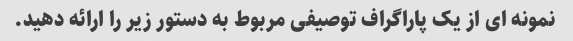
نمونه ای از یک پاراگراف توصیفی مربوط به دستور زیر را ارائه دهید.